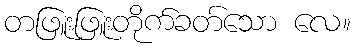
တဖြူးဖြူးတိုက်ခတ်သော လေ။